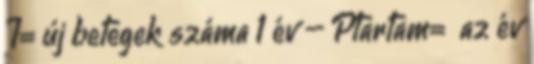
I= új betegek száma 1 év – Ptartam= az év